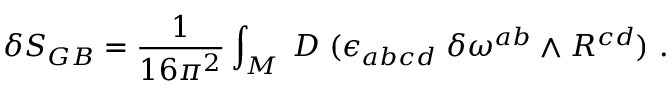
\delta S _ { G B } = { \frac { 1 } { 1 6 \pi ^ { 2 } } } \int _ { M } \; D \; ( \epsilon _ { a b c d } \; \delta \omega ^ { a b } \wedge R ^ { c d } ) \ .